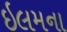
ઇલમના